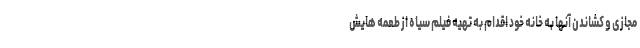
مجازی و کشاندن آنها به خانه خود اقدام به تهیه فیلم سیاه از طعمه هایش